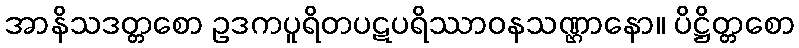
အာနိသဒတ္တစော ဥဒကပူရိတပဋပရိဿာဝနသဏ္ဌာနော။ ပိဋ္ဌိတ္တစော